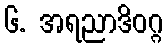
၆. အရညာဒိဝဂ္ဂ